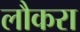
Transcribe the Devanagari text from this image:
लौकरा